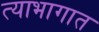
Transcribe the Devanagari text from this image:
त्याभागात